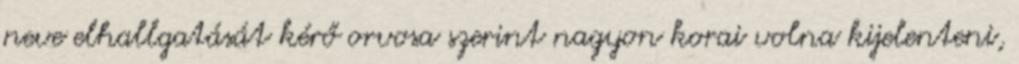
neve elhallgatását kérő orvosa szerint nagyon korai volna kijelenteni,